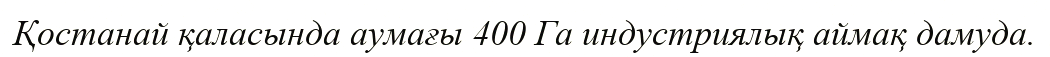
Қостанай қаласында аумағы 400 Га индустриялық аймақ дамуда.